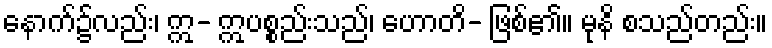
နောက်၌လည်း၊ ဣ- ဣပစ္စည်းသည်၊ ဟောတိ- ဖြစ်၏။ မုနိ စသည်တည်း။